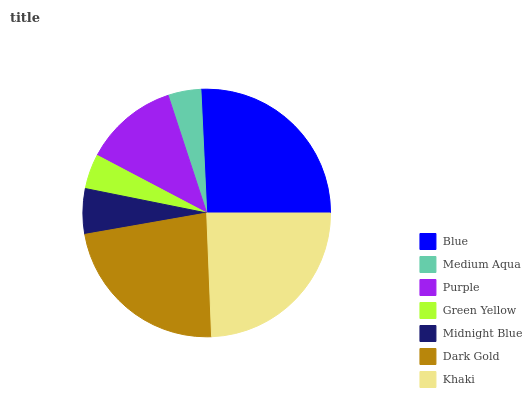
| Blue | Medium Aqua | Purple | Green Yellow | Midnight Blue | Dark Gold | Khaki |
 | --- | --- | --- | --- | --- | --- | --- |
 | 25.8% | 4.29% | 12.2% | 4.55% | 5.92% | 22.9% | 24.3% |